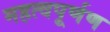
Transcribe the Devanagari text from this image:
महत्वपूर्णण